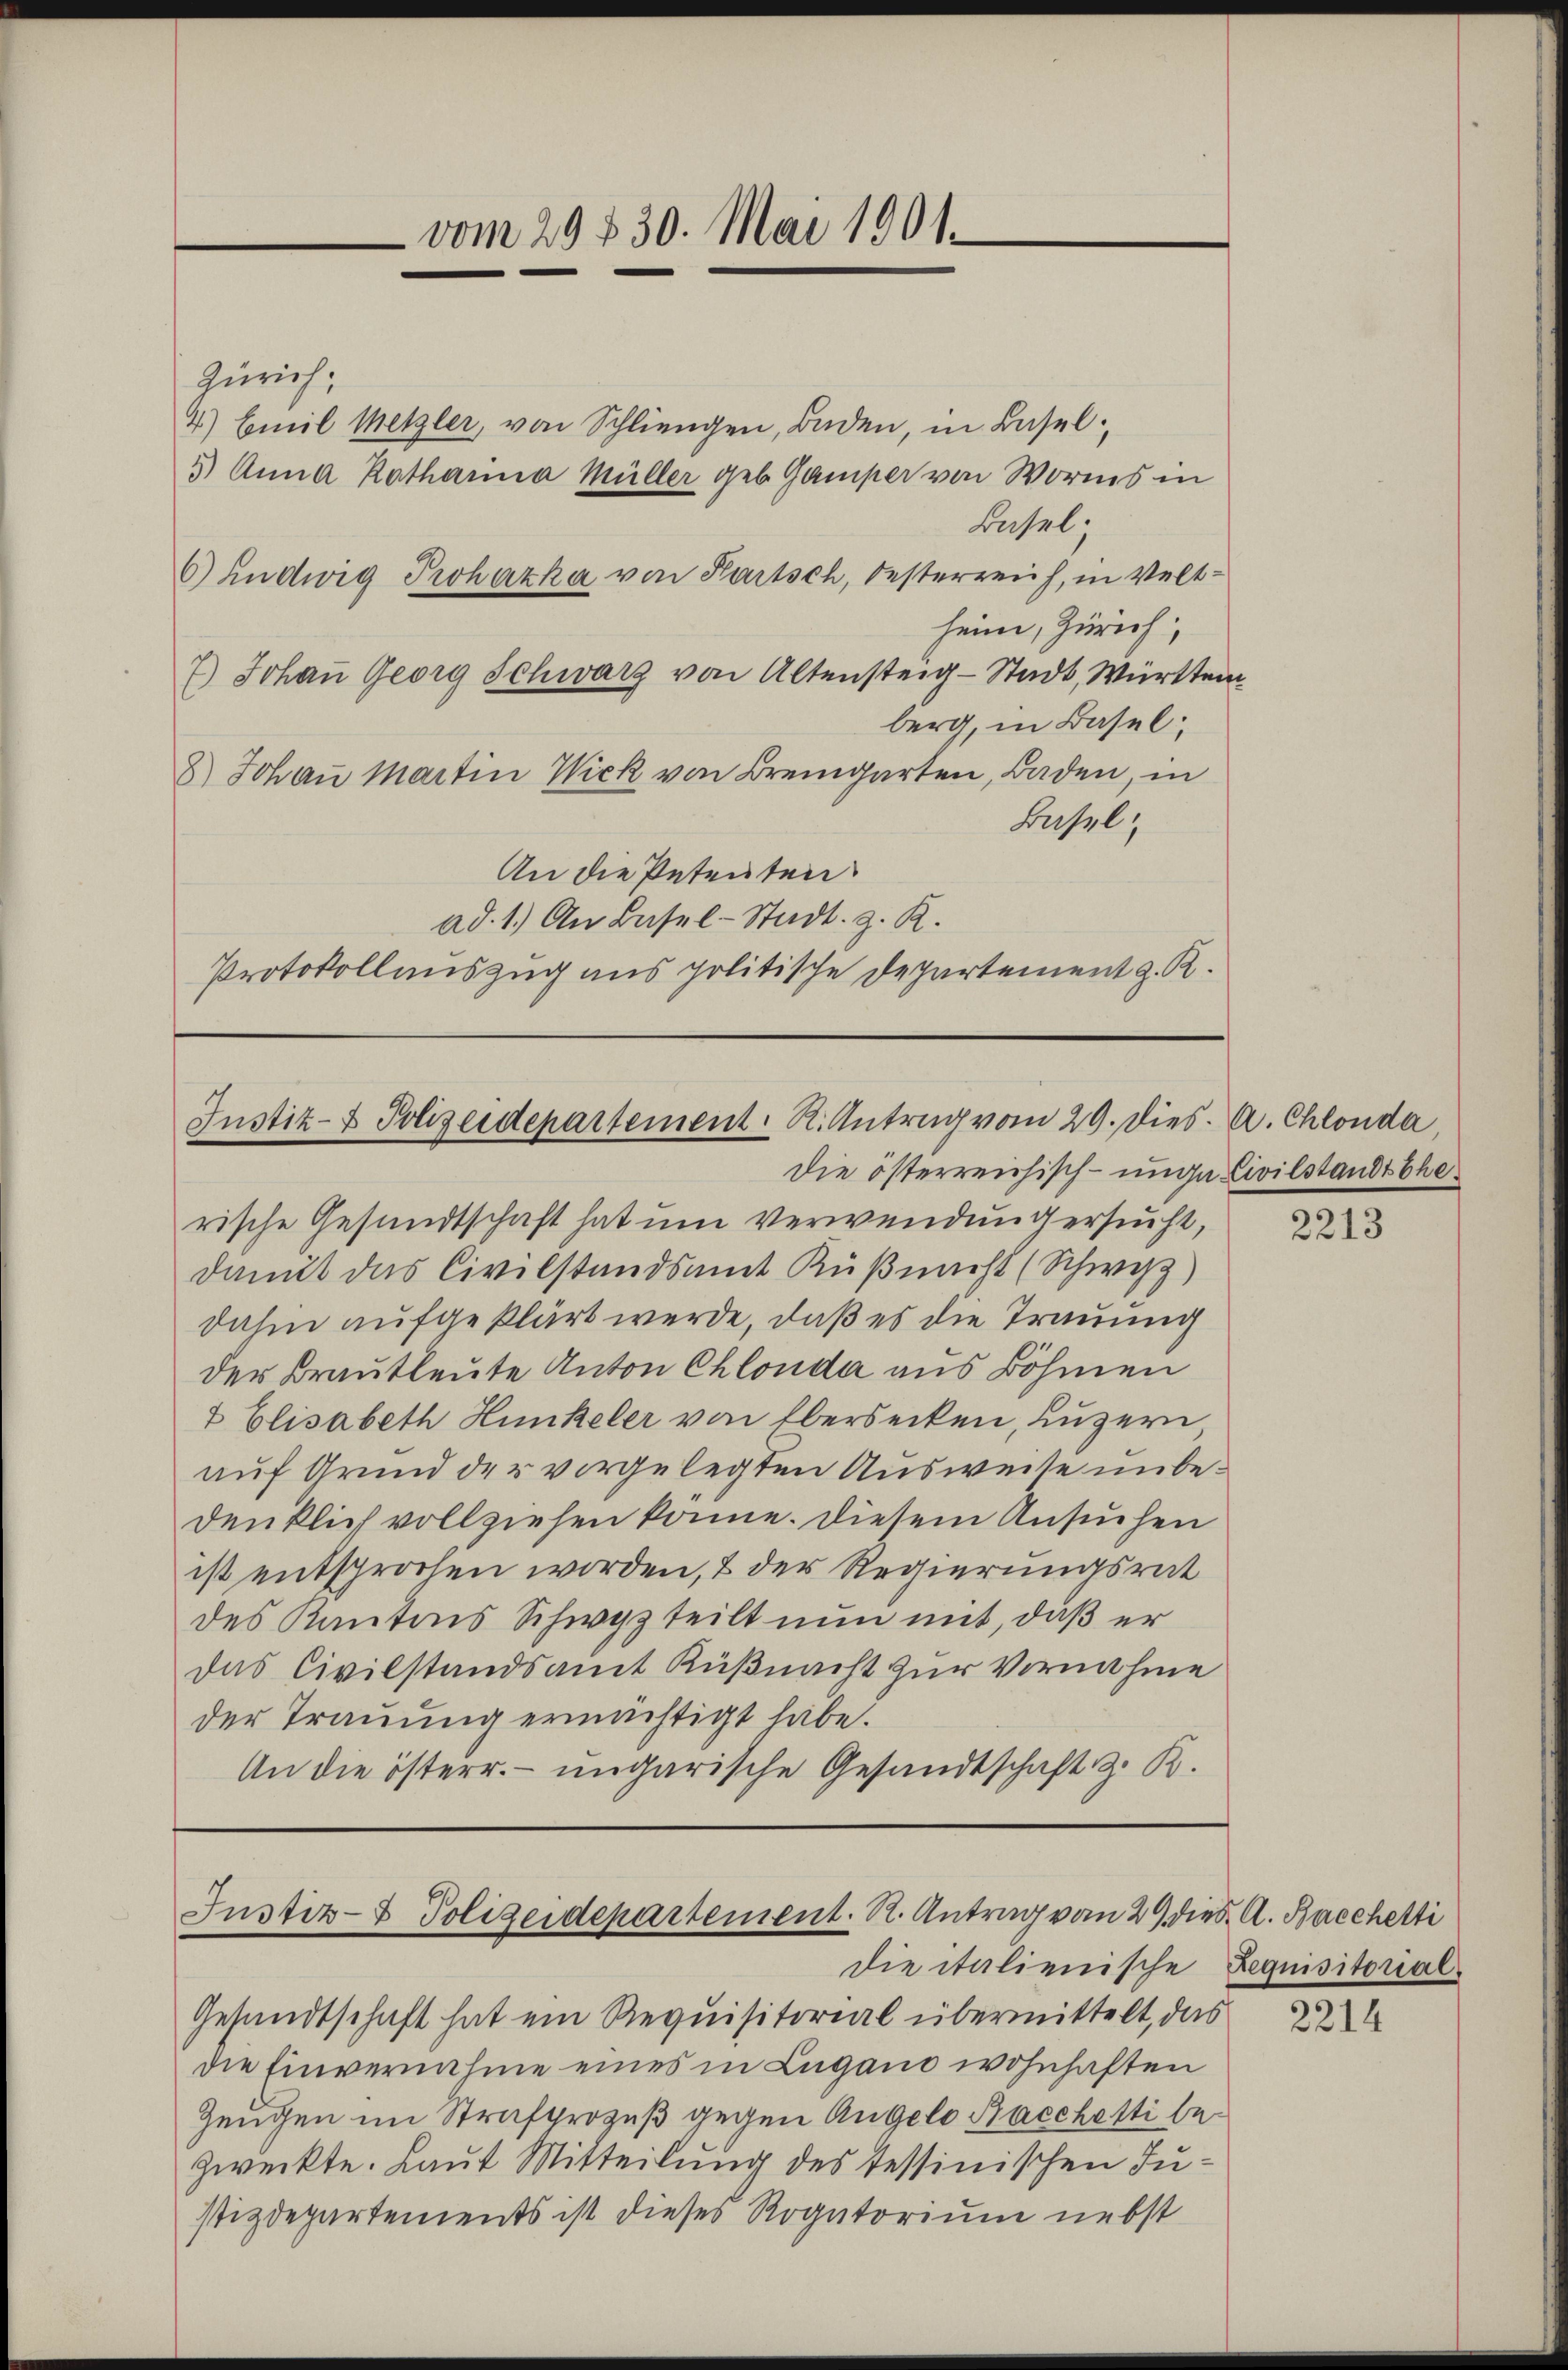
vom 29 § 30. Mai 1901.

Zürich,
4) Emil Metzler, von Schliengen, Baden, in Basel
5 Anna Katharina Müller geb. Gamper von Worms in
Basel.
6) Ludwig Prohazka von Partsch, Oesterreich, in Veltheim, Zürich;
7.) Johaṅ Georg Schwarz von Altensteig-Stadt, Württem
berg, in Basel;
8.) Johaṅ Martin Wick von Bremgarten, Baden, in
Basel;
An die Petenten:
ad. 1.) An Basel-Stadt. z. R.
Protokollauszug aus politische Departement z. R.

Justiz- & Polizeidepartement. R. Antrag vom 29. Dies. A. Chlonda

die österreichisch-unga Civilstandstherische Gesandtschaft hat um verwendung ersucht,
damit das Civilstandsamt Küßnacht (Schwyz)
dahin aufgeklärt werde, daß es die Trauung
der Brautleute Anton Chlonda aus Böhmen
& Elisabeth Hunkeler von Ebersecken, Luzern
auf Grund der vorgelegten Ausweise unbedenklich vollziehen könne. Diesem Ansuchen
ist entsprochen worden, & der Regierungsrat
des Kantons Schwyz teilt nun mit, daß er
das Civilstandsamt Küßnacht zur Vernahme
der Trauung ermächtigt habe.
An die österr. ungarische Gesandtschaft z. B.

Justiz- & Polizeidepartement. R. Antrag von 29. dies A. Bacchetti
die italienische Requisitorial¬

Gesandtschaft hat ein Requisitorial übermittelt, das
die Einvernahme eines in Lugano wohnhaften
Zeugen im Strafprozeß gegen Angelo Bacchetti bezweckte. Laut Mitteilung des Tessinischen Justizdepartements ist dieses Rogatorium nebst

2213

2214